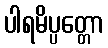
ပါရမိပ္ပတ္တော